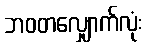
ဘဝတလျှောက်လုံး